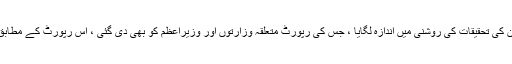
آپ ماضی کے تجربات کی روشنی میں پروڈکشن کاسٹ بتائیں، اس کے بعد سی سی پی نے 2009ءکے بحران کی تحقیقات کی روشنی میں اندازہ لگایا ، جس کی رپورٹ متعلقہ وزارتوں اور وزیراعظم کو بھی دی گئی ، اس رپورٹ کے مطابق چینی کی قیمت 52روپے فی کلوگرام کے لگ بھگ بنتی ہے لیکن مارکیٹ میں اس کی قیمت 80روپے ہے ۔